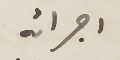
اجرائه